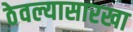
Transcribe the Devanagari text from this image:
ठेवल्यासारखा